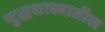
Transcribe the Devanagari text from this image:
युद्धशास्त्रातील